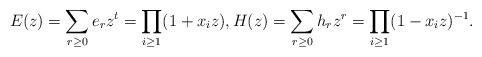
LaTeX: \begin{align*} E(z) = \sum_{r \ge 0} e_r z^t = \prod_{i \ge 1} (1 + x_i z), H(z) = \sum_{r \ge 0} h_r z^r = \prod_{i \ge 1} (1 - x_i z)^{-1}.\end{align*}